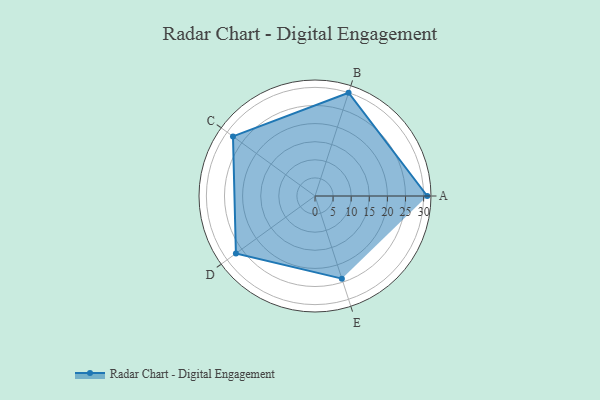
{"axis": {"x": "Skill", "y": "Score"}, "legend": ["Profile"], "data": [{"x": "A", "y": 31.0, "type": "Profile"}, {"x": "B", "y": 30.0, "type": "Profile"}, {"x": "C", "y": 28.0, "type": "Profile"}, {"x": "D", "y": 27.0, "type": "Profile"}, {"x": "E", "y": 24.0, "type": "Profile"}]}